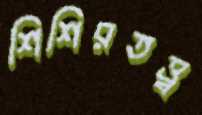
শিশিরতত্ত্ব